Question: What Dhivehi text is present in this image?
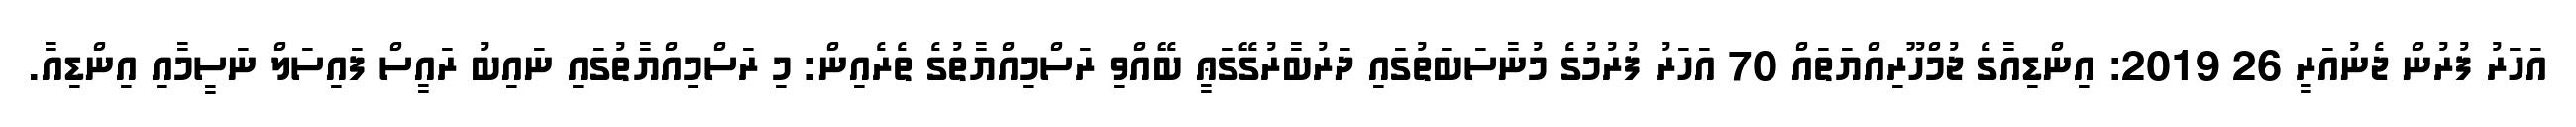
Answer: އަހަރު ފުރުން ޖެނުއަރީ 26 2019: އިންޑިއާގެ ޖުމްހޫރިއްޔަތައް 70 އަހަރު ފުރުމުގެ މުނާސަބަތުގައި ދަރުބާރުގޭގަޢީ ބޭއްވި ރަސްމިއްޔާތުގެ ތެރެއިން: މި ރަސްމިއްޔާތުގައި ނައިބު ރައީސް ފައިސަލް ނަސީމާއި އިންޑިއާ.